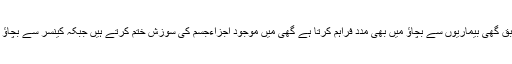
سوزش اور کینسر: محقیقین کے مطابق گھی بیماریوں سے بچاﺅ میں بھی مدد فراہم کرتا ہے گھی میں موجود اجزاءجسم کی سوزش ختم کرتے ہیں جبکہ کینسر سے بچاﺅ میں بھی گھی کا استعمال معاون ہے۔